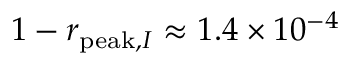
1 - r _ { \mathrm { p e a k } , I } \approx 1 . 4 \times 1 0 ^ { - 4 }